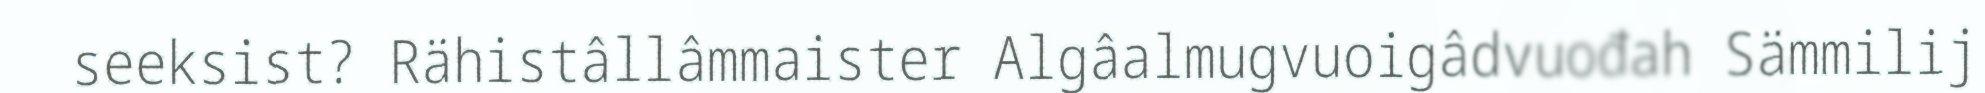
seeksist? Rähistâllâmmaister Algâalmugvuoigâdvuođah Sämmilij